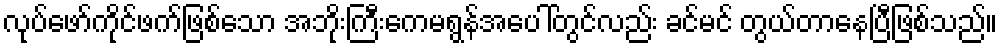
လုပ်ဖော်ကိုင်ဖက်ဖြစ်သော အဘိုးကြီးကေမရွန်အပေါ်တွင်လည်း ခင်မင် တွယ်တာနေပြီဖြစ်သည်။